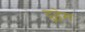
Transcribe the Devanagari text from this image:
दुहेम